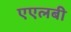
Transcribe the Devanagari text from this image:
एएलबी